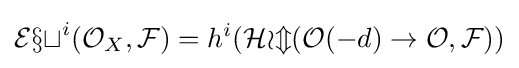
{\mathcal {Ext}}^{i}({\mathcal {O}}_{X},{\mathcal {F}})=h^{i}({\mathcal {Hom}}({\mathcal {O}}(-d)\to {\mathcal {O}},{\mathcal {F}}))